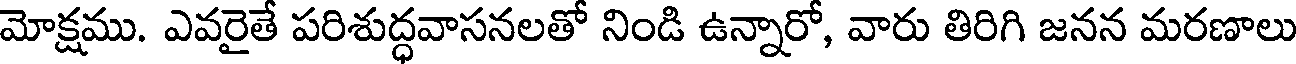
మోక్షము. ఎవరైతే పరిశుద్ధవాసనలతో నిండి ఉన్నారో, వారు తిరిగి జనన మరణాలు